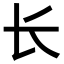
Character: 长